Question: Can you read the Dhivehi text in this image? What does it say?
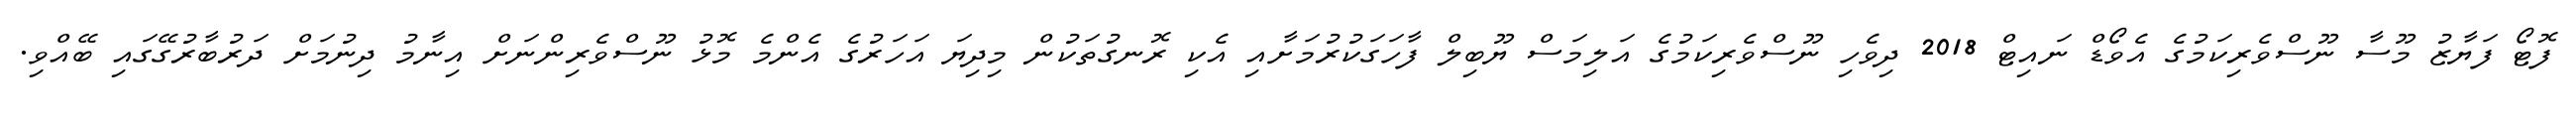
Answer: ފޮޓޯ ފަޔާޒު މޫސާ ނޫސްވެރިކަމުގެ އެވޯޑް ނައިޓް 2018 ދިވެހި ނޫސްވެރިކަމުގެ އަލިމަސް ޔޫބިލް ފާހަގަކުރުމަށާއި އެކި ރޮނގުތަކުން މިދިޔަ އަހަރުގެ އެންމެ މޮޅު ނޫސްވެރިންނަށް އިނާމު ދިނުމަށް ދަރުބާރުގޭގައި ބޭއްވި.